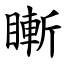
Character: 䁪